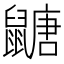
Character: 𪕹